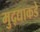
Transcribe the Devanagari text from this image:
मुद्द्याकडे